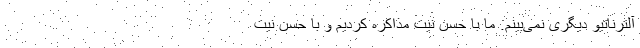
آلترناتیو دیگری نمی‌بینم. ما با حسن نیت مذاکره کردیم و با حسن نیت